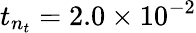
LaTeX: t_{n_{t}}=2.0\times 10^{-2}